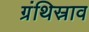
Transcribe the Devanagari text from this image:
ग्रंथिस्राव